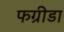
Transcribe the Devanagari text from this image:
फग्रीडा